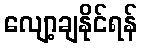
လျော့ချနိုင်ရန်